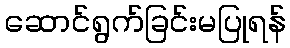
ဆောင်ရွက်ခြင်းမပြုရန်